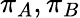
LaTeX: \pi_{A},\pi_{B}